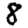
Digit: 8